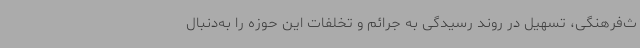
ث‌فرهنگی، تسهیل در روند رسیدگی به جرائم و تخلفات این حوزه را به‌دنبال